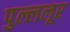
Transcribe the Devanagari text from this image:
पुल्ललूर